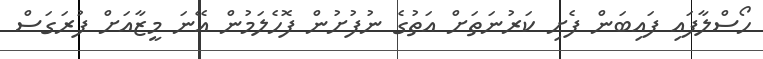
ހޯސްލާފައި ފައިބަން ފެށި ކަރުނަތަށް އަތުގެ ނުފުށުން ފޮހެލަމުން އޭނަ މީޒާއަށް ފުރަގަސް